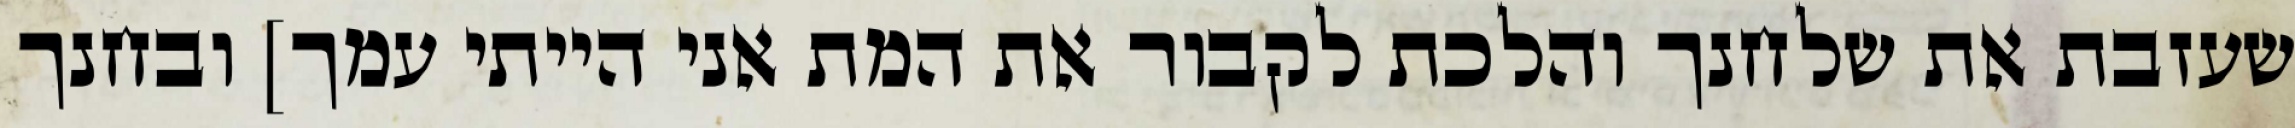
שעזבת את שלחנך והלכת לקבור את המת אני הייתי עמך] ובחנך